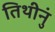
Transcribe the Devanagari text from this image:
तिथीनुं